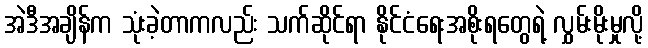
အဲဒီအချိန်က သုံးခဲ့တာကလည်း သက်ဆိုင်ရာ နိုင်ငံရေးအစိုးရတွေရဲ့ လွှမ်းမိုးမှုလို့